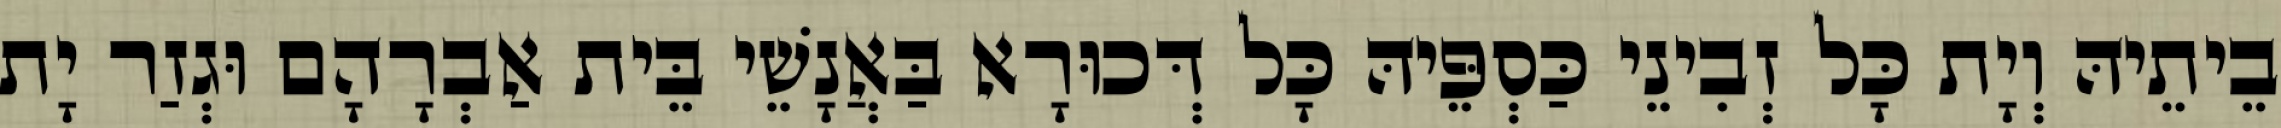
בֵיתֵיהּ וְיָת כָּל זְבִינֵי כַּסְפֵּיהּ כָּל דְּכוּרָא בַּאֲנָשֵׁי בֵּית אַבְרָהָם וּגְזַר יָת